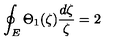
\oint _ { E } \Theta _ { 1 } ( \zeta ) \frac { d \zeta } { \zeta } = 2